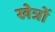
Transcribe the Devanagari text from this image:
खेत्रों